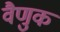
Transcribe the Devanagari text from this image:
वैणुक